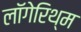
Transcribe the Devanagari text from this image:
लॉगेरिथ्म